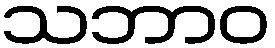
သဘာဝ